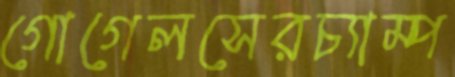
গোগেলসেরচ্যাম্প